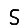
Digit: 5